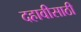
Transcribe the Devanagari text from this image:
दहावीसाठी